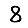
Digit: 8